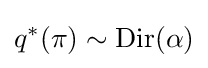
q^{*}(\mathbf {\pi } )\sim \operatorname {Dir} (\mathbf {\alpha } )